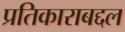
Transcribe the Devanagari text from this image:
प्रतिकाराबद्दल